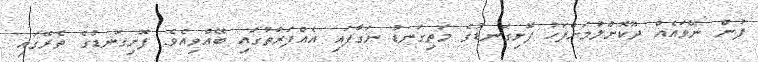
ފުން ނޭވައެއް ދޫކޮށްލުމަށްފަހު ފޮށިގަނޑުގެ މަތިގަނޑު ނަގާފައި އެއްފަރާތުގައި ބޭއްވިއެވެ. ފޮށިގަނޑުގެ ތެރޭގައި